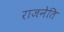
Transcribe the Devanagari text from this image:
राजनेति